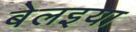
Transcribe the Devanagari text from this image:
बेलइया